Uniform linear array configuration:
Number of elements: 4
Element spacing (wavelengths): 0.25
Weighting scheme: blackman
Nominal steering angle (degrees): -60
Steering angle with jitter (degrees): -59.94
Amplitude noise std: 0.05
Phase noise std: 0.05

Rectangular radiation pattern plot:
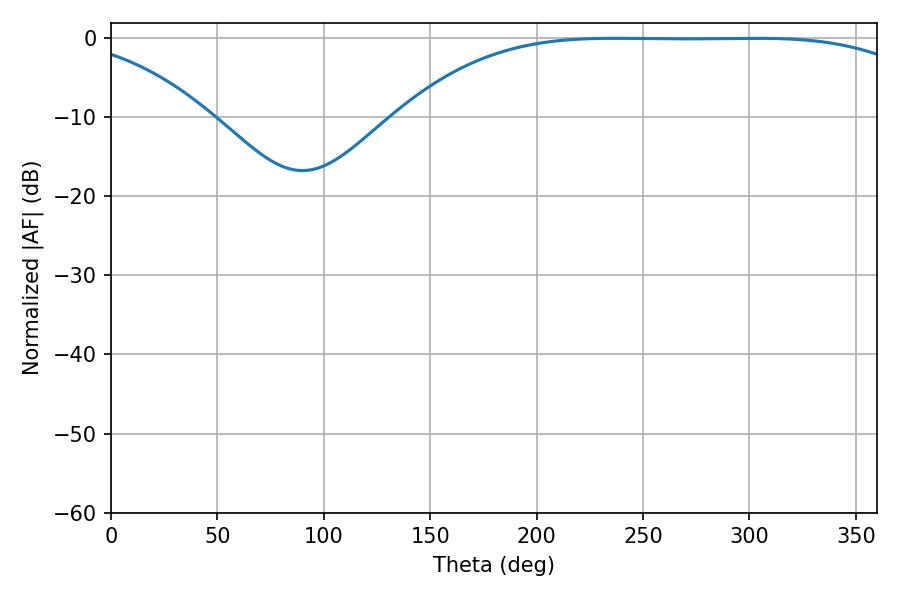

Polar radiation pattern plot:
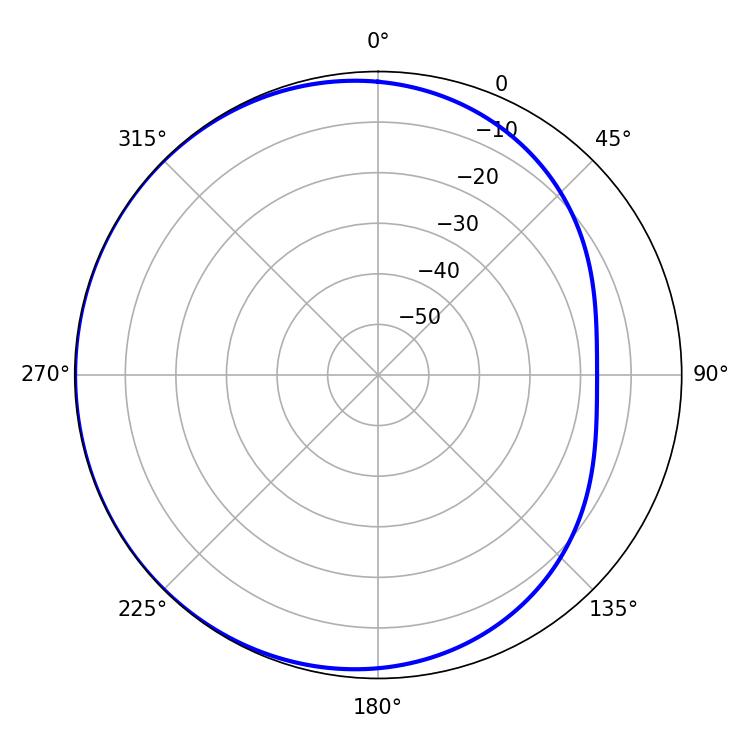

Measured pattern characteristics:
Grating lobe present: FALSE
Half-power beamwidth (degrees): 189.36
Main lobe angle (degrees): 237.24